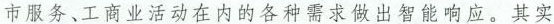
市服务、工商业活动在内的各种需求做出智能响应。其实